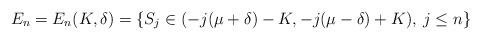
LaTeX: \begin{align*} E_n=E_n(K, \delta) = \{ S_j \in (-j( \mu +\delta) -K, -j(\mu -\delta) +K), \: j \leq n \} \end{align*}